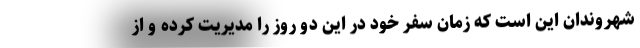
شهروندان این است که زمان سفر خود در این دو روز را مدیریت کرده و از